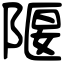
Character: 隁